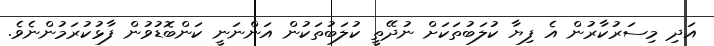
އަދި މިސަރުކާރުން އެ ފިޔާ ކުލަބުތަކަށް ނުދޭތީ ކުލަބުތަކުން އަންނަނީ ކަންބޮޑުވުން ފާޅުކުރަމުންނެވެ.